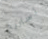
أستريح